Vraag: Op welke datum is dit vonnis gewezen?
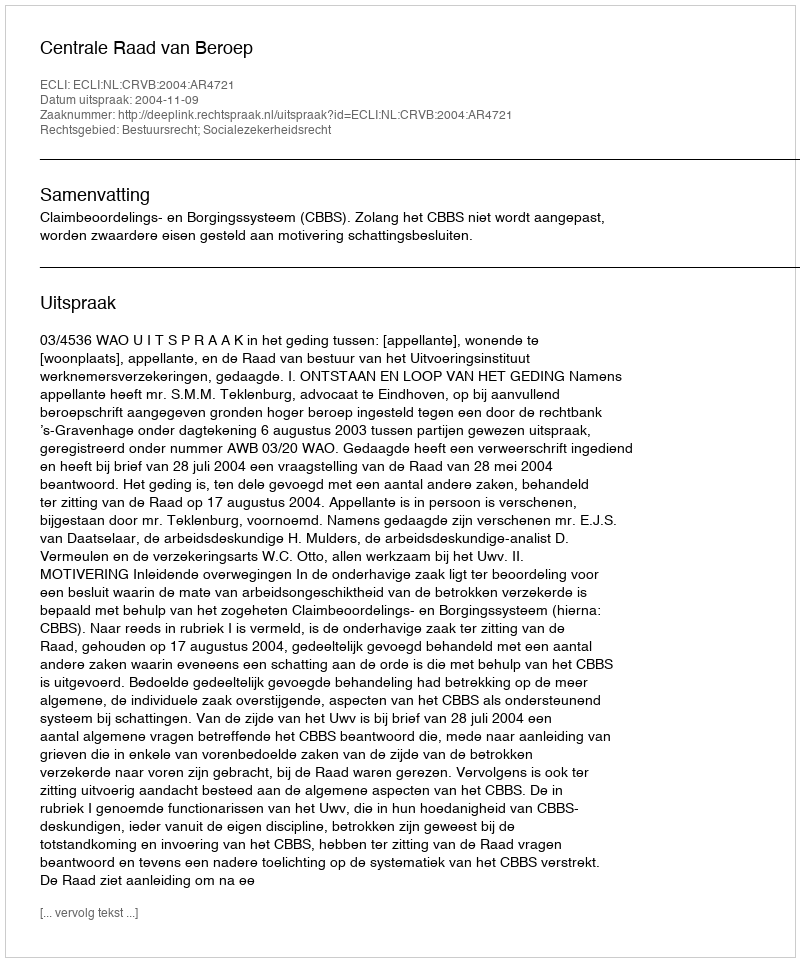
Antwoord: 2004-11-09